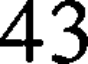
43